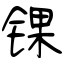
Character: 锞